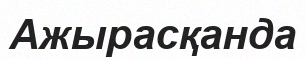
Ажырасқанда